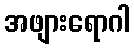
အဖျားရောဂါ